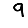
Digit: 9